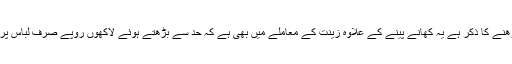
یہ جو حد سے بڑھنے کا ذکر ہے یہ کھانے پینے کے علاوہ زینت کے معاملے میں بھی ہے کہ حد سے بڑھتے ہوئے لاکھوں روپے صرف لباس پر ہی برباد کر دو۔